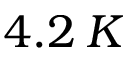
4 . 2 \: K